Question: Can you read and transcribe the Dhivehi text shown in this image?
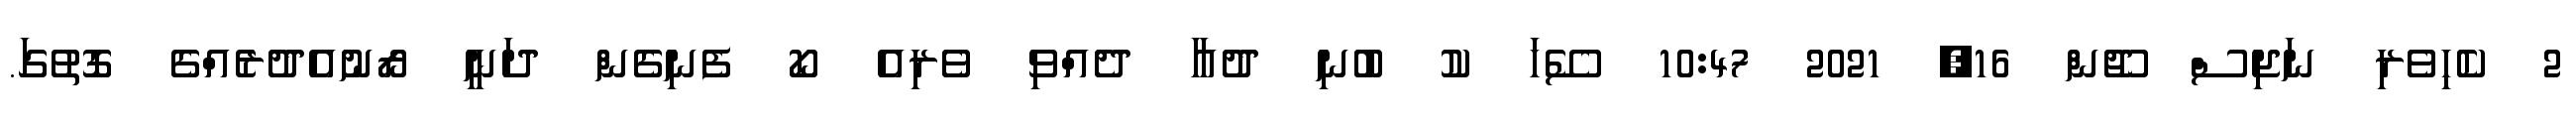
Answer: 2 ކެހިވެރި ނަޖިސް ޖޫން 16, 2021 10:47 ސޭހަ ކު ބުުނި ދުޢާ ދެއްވި ވެރިއެ ކޯ ފެނިގެން ދަނީ ރޯނުއެދުރެއްގެ ގޮތުގަ.